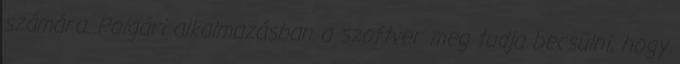
számára. Polgári alkalmazásban a szoftver meg tudja becsülni, hogy